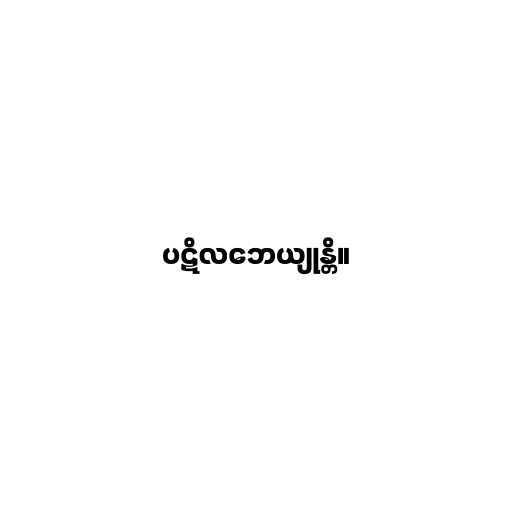
ပဋိလဘေယျုန္တိ။